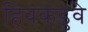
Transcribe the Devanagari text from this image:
हिवकडुवे